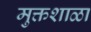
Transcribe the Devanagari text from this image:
मुक्तशाळा